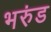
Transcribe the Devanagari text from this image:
भरुंड